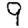
Digit: 9